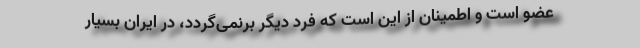
عضو است و اطمینان از این است که فرد دیگر برنمی‌گردد، در ایران بسیار